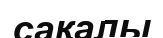
сақалы